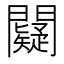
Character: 𨷞